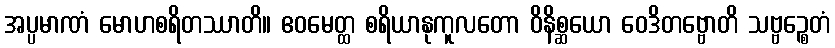
အပ္ပမာဏံ မောဟစရိတဿာတိ။ ဧဝမေတ္ထ စရိယာနုကူလတော ဝိနိစ္ဆယော ဝေဒိတဗ္ဗောတိ သဗ္ဗဉ္စေတံ